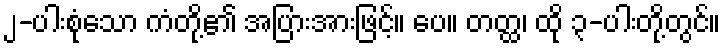
၂-ပါးစုံသော ကံတို့၏ အပြားအားဖြင့်။ ပေ။ တတ္ထ၊ ထို ၃-ပါးတို့တွင်။